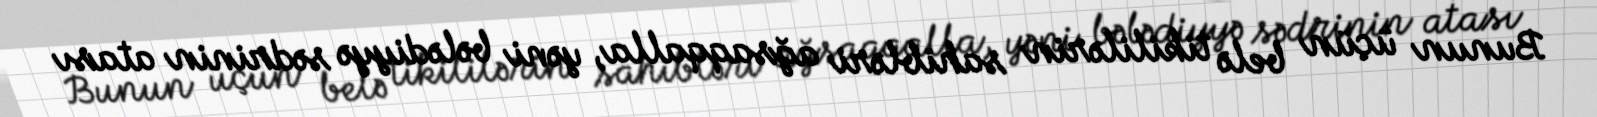
Bunun üçün belə tikililərin sahibləri ağsaqqalla, yəni bələdiyyə sədrinin atası